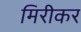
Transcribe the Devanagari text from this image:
मिरीकर